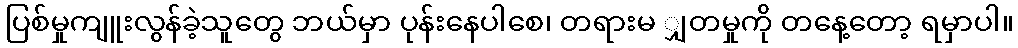
ပြစ်မှုကျူးလွန်ခဲ့သူတွေ ဘယ်မှာ ပုန်းနေပါစေ၊ တရားမ ျှတမှုကို တနေ့တော့ ရမှာပါ။